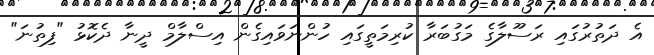
އެ ދަތުރުގައި ރަސޫލާގެ މަގުބަރާ ކުރިމަތީގައި ހުންނަވައިގެން އިސްލާމް ދީނާ ދެކޮޅު "ފިތުނަ"